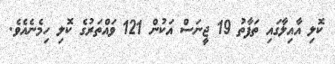
ކޮލި އާއިލާގައި ތަފާތު 19 ޖީނަސް އަކުން 121 ވައްތަރުގެ ކޮލި ހިމެނެއެވެ.